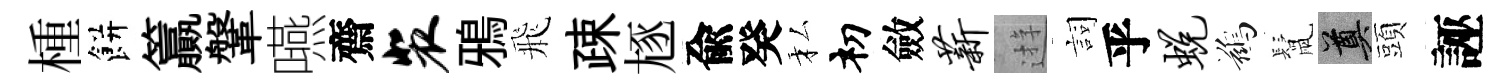
㮔餅籯鞶嚥齋裴鴉飛疎豗兪癸私𥘉斂薪逰詞乎蜕鷀鬛奠頭誣